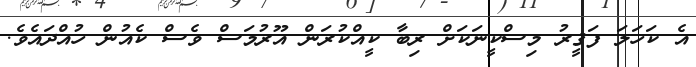
އެ ކަހަލަ ފަޤީރު މިސްކީނަކަށް ރިބާ ކީއްކުރަން އޫރުމަސް ވެސް ކެއުން ހުއްދައެވެ.